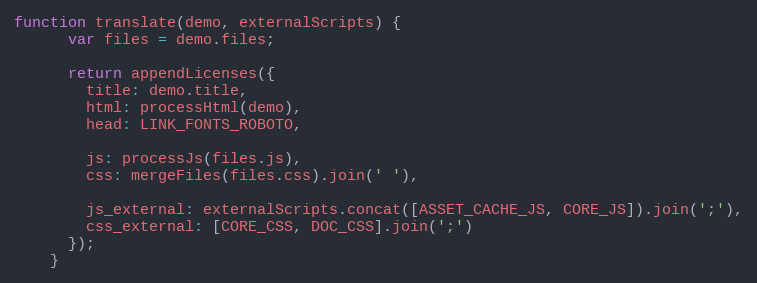
Language: JavaScript
function translate(demo, externalScripts) {
      var files = demo.files;

      return appendLicenses({
        title: demo.title,
        html: processHtml(demo),
        head: LINK_FONTS_ROBOTO,

        js: processJs(files.js),
        css: mergeFiles(files.css).join(' '),

        js_external: externalScripts.concat([ASSET_CACHE_JS, CORE_JS]).join(';'),
        css_external: [CORE_CSS, DOC_CSS].join(';')
      });
    }